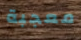
معجبة